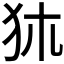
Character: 𤝂